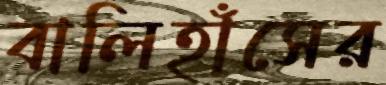
বালিহাঁসের